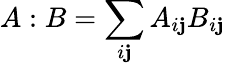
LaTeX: A:B=\sum_{i\mathbf{j}}A_{i\mathbf{j}}B_{i\mathbf{j}}